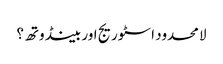
لامحدود اسٹوریج اور بینڈوتھ؟